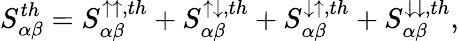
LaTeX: {S_{\alpha\beta}^{th}=S_{\alpha\beta}^{\uparrow\uparrow,th}+S_{\alpha\beta}^{\uparrow\downarrow,th}+S_{\alpha\beta}^{\downarrow\uparrow,th}+S_{\alpha\beta}^{\downarrow\downarrow,th}},